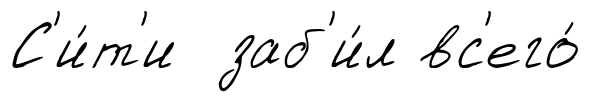
С'и́т'и заб'и́л вс'его́